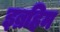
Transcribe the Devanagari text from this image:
इब्रहिम